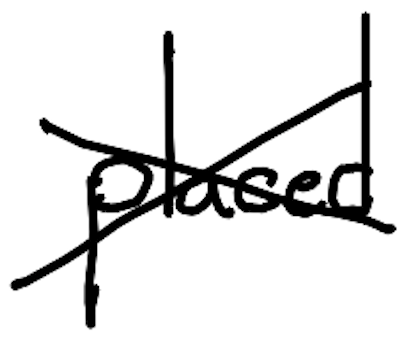
Text: placed
Cross-out: cross
Writing tool: digital_black